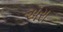
ઍરા